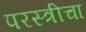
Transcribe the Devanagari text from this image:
परस्त्रीचा